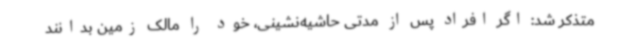
متذکر شد: اگر افراد پس از مدتی حاشیه‌نشینی، خود را مالک زمین بدانند